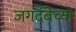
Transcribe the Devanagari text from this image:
जगदंबेच्या